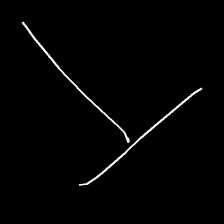
Glyph: column